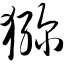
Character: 猕